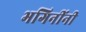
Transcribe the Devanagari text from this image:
भगिनींनी